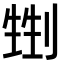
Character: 𠞏